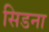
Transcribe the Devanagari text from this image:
सिडना